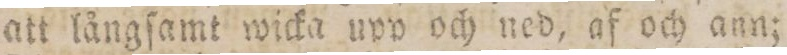
att långſamt wicka upp och ned, af och ann;